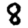
Digit: 8